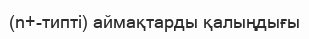
(n+-типті) аймақтарды қалыңдығы